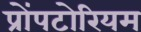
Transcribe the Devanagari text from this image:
प्रोंपटोरियम